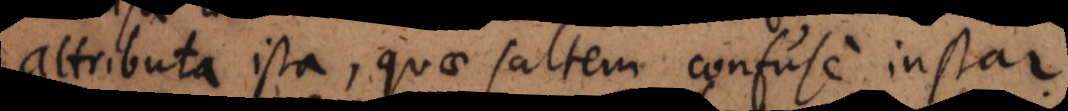
attributa ista, quae saltem confuse instar